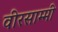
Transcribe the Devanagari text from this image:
वीरसाम्मी